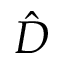
\hat { D }